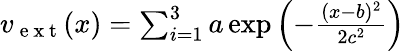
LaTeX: \begin{array}{r}{v_{\mathrm{~e~x~t~}}(x)=\sum_{i=1}^{3}a\exp\left(-\frac{(x-b)^{2}}{2c^{2}}\right)}\end{array}